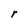
Character: r